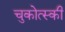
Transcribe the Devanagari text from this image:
चुकोत्स्की